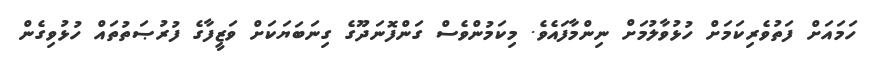
ހަމައަށް ފަތުވެރިކަމަށް ހުޅުވާލުމަށް ނިންމާފައެވެ. މިކަމުންވެސް ގަންފޮނަދޫގެ ގިނަބަޔަކަށް ވަޒީފާގެ ފުރުޞަތުތައް ހުޅުވިގެން